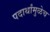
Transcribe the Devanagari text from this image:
पदार्थांमुळेच